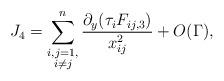
LaTeX: \begin{align*}J_4=\sum_{\substack{i,j=1,\\i\not=j}}^n\frac{\partial_y(\tau_iF_{ij,3})}{x_{ij}^2}+O(\Gamma),\end{align*}